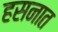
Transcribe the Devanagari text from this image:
हसनात